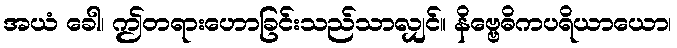
အယံ ခေါ၊ ဤတရားဟောခြင်းသည်သာလျှင်။ နိဗ္ဗေဓိကပရိယာယော၊